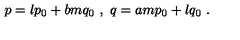
p = l p _ { 0 } + b m q _ { 0 } \ , \ q = a m p _ { 0 } + l q _ { 0 } \ .